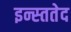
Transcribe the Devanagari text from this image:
इन्स्ततेद